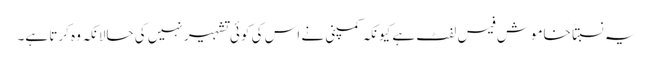
یہ نسبتاً خاموش فیس لفٹ ہے کیونکہ کمپنی نے اس کی کوئی تشہیر نہیں کی حالانکہ وہ کرتا ہے۔